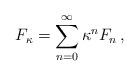
LaTeX: \begin{align*}\begin{aligned}F_\kappa = \sum_{n = 0}^\infty \kappa^n F_n \,,\end{aligned}\end{align*}